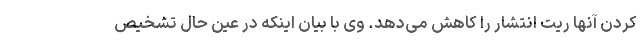
کردن آنها ریت انتشار را کاهش می‌دهد. وی با بیان اینکه در عین حال تشخیص